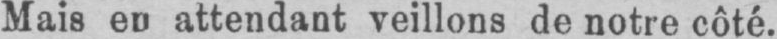
Mais en attendant veillons de notre côté.